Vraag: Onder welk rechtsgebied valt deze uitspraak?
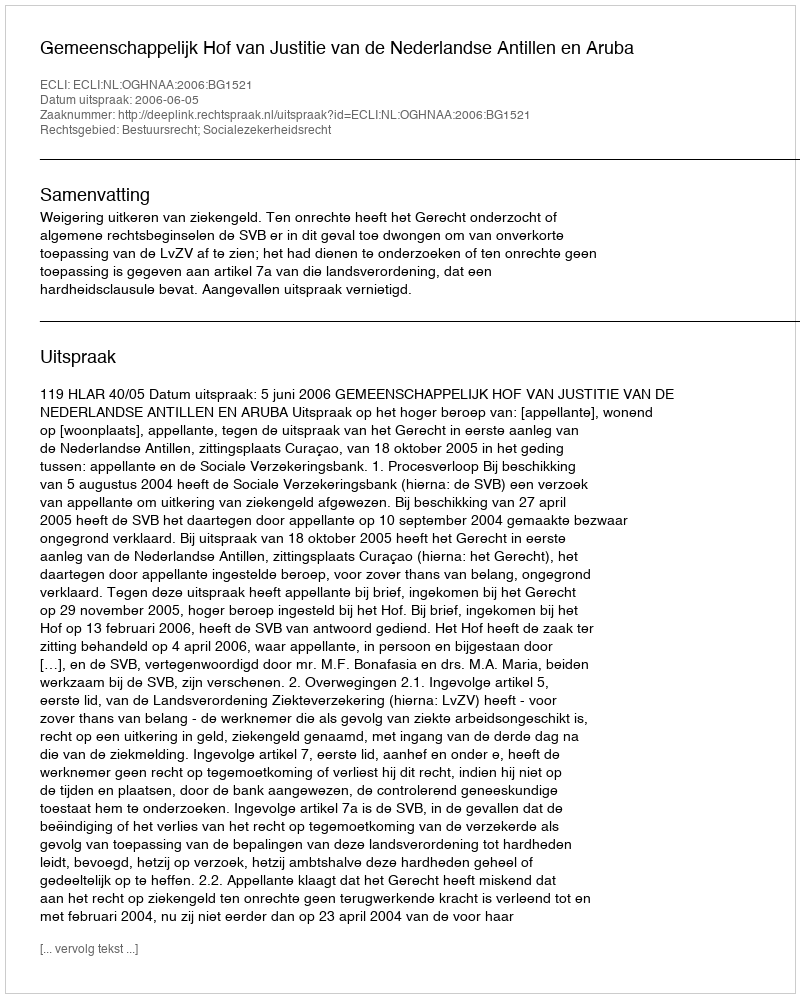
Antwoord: Bestuursrecht; Socialezekerheidsrecht